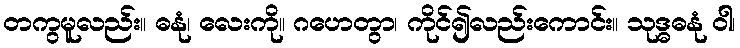
တကွမူလည်း။ ဓနုံ၊ လေးကို။ ဂဟေတွာ၊ ကိုင်၍လည်းကောင်း။ သုဒ္ဓဓနုံ ဝါ၊